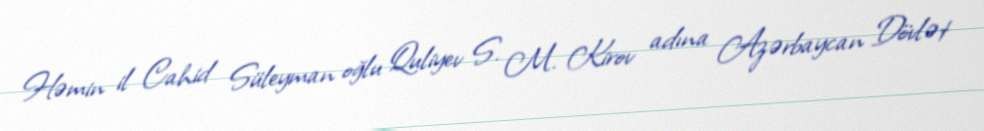
Həmin il Cahid Süleyman oğlu Quliyev S. M. Kirov adına Azərbaycan Dövlət